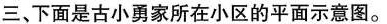
三、下面是古小勇家所在小区的平面示意图。